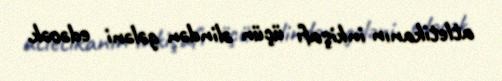
atletikanın inkişafı üçün əlindən gələni edəcək.